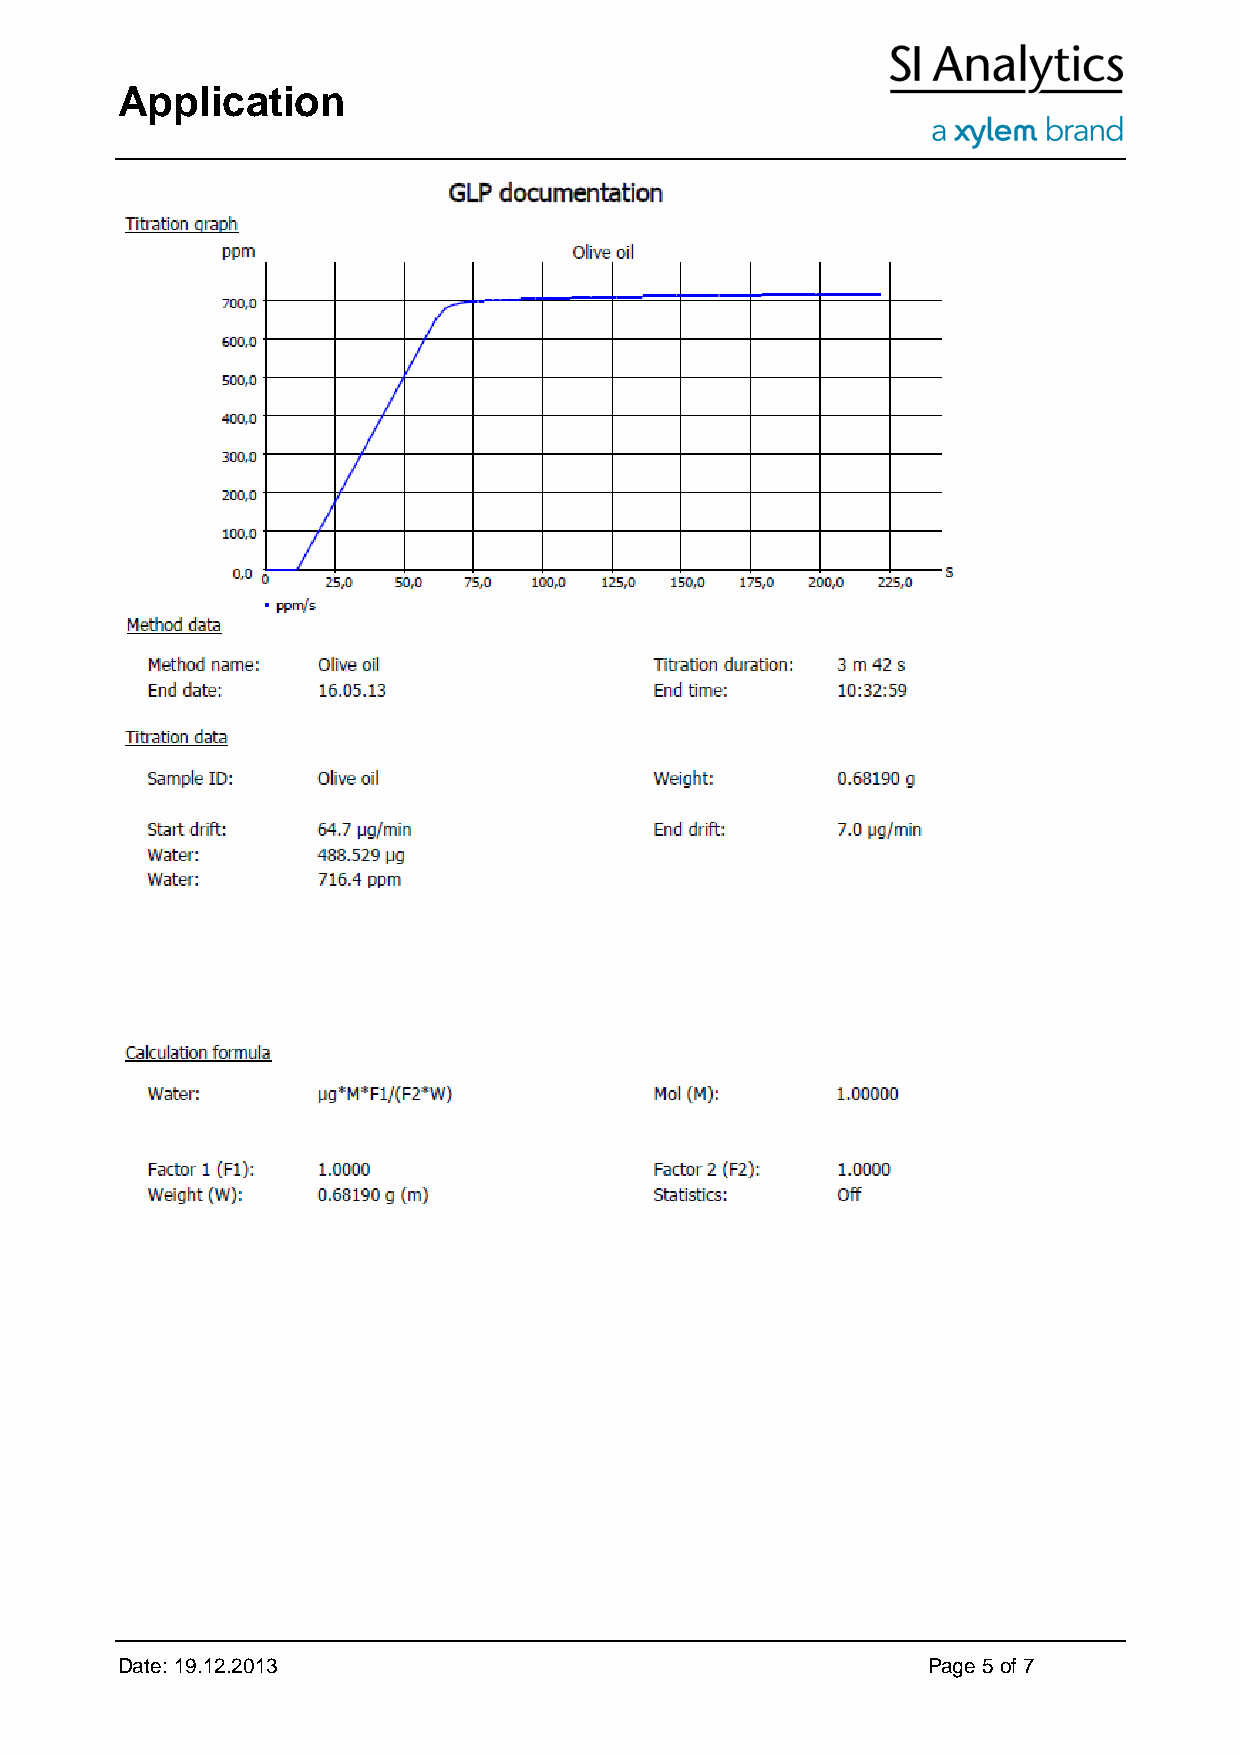
Application
 Date: 19.12.2013                                     Page 5 of 7